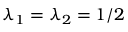
\lambda _ { 1 } = \lambda _ { 2 } = 1 / 2